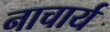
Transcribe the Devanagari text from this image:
नाचार्य